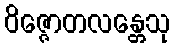
ဝိဇ္ဇောတလန္တေသု